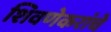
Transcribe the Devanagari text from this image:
शिवणेकरांचे